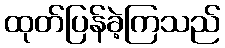
ထုတ်ပြန်ခဲ့ကြသည်